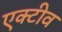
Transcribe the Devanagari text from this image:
एक्टीव